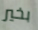
بخير